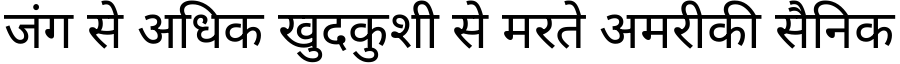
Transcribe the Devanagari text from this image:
जंग से अधिक खुदकुशी से मरते अमरीकी सैनिक